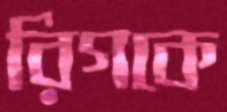
রিগকে